Indian journal of veterinary science and animal husbandry - Volume 11,
Year: 1941
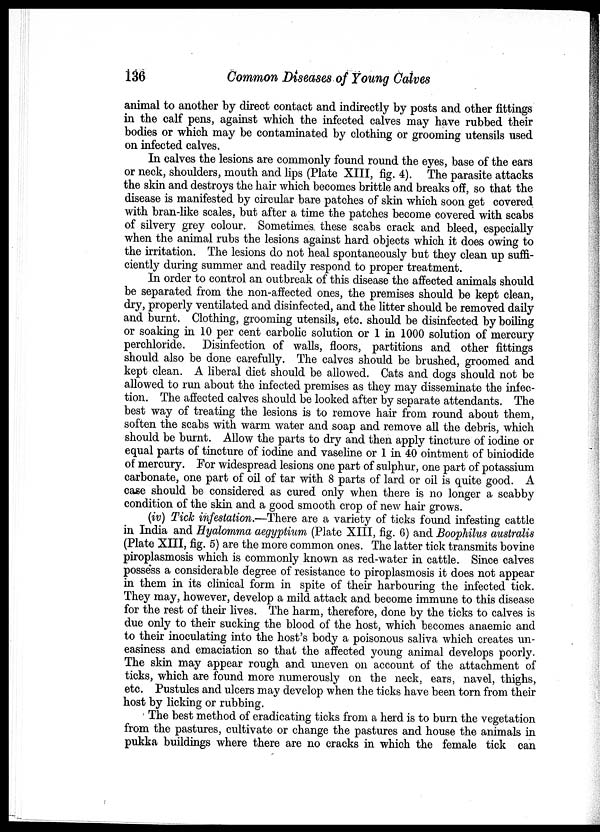
136
Common Diseases of Young Calves
animal to another by direct contact and indirectly by posts and other fittings
in the calf pens, against which the infected calves may have rubbed their
bodies or which may be contaminated by clothing or grooming utensils used
on infected calves.
In calves the lesions are commonly found round the eyes, base of the ears
or neck, shoulders, mouth and lips (Plate XIII, fig. 4). The parasite attacks
the skin and destroys the hair which becomes brittle and breaks off, so that the
disease is manifested by circular bare patches of skin which soon get covered
with bran-like scales, but after a time the patches become covered with scabs
of silvery grey colour. Sometimes these scabs crack and bleed, especially
when the animal rubs the lesions against hard objects which it does owing to
the irritation. The lesions do not heal spontaneously but they clean up suffi-
ciently during summer and readily respond to proper treatment.
In order to control an outbreak of this disease the affected animals should
be separated from the non-affected ones, the premises should be kept clean,
dry, properly ventilated and disinfected, and the litter should be removed daily
and burnt. Clothing, grooming utensils, etc. should be disinfected by boiling
or soaking in 10 per cent carbolic solution or 1 in 1000 solution of mercury
perchloride. Disinfection of walls, floors, partitions and other fittings
should also be done carefully. The calves should be brushed, groomed and
kept clean. A liberal diet should be allowed. Cats and dogs should not be
allowed to run about the infected premises as they may disseminate the infec-
tion. The affected calves should be looked after by separate attendants. The
best way of treating the lesions is to remove hair from round about them,
soften the scabs with warm water and soap and remove all the debris, which
should be burnt. Allow the parts to dry and then apply tincture of iodine or
equal parts of tincture of iodine and vaseline or 1 in 40 ointment of biniodide
of mercury. For widespread lesions one part of sulphur, one part of potassium
carbonate, one part of oil of tar with 8 parts of lard or oil is quite good. A
case should be considered as cured only when there is no longer a scabby
condition of the skin and a good smooth crop of new hair grows.
(iv) Tick infestation.—There are a variety of ticks found infesting cattle
in India and Hyalomma aegyptium (Plate XIII, fig. 6) and Boophilus australis
(Plate XIII, fig. 5) are the more common ones. The latter tick transmits bovine
piroplasmosis which is commonly known as red-water in cattle. Since calves
possess a considerable degree of resistance to piroplasmosis it does not appear
in them in its clinical form in spite of their harbouring the infected tick.
They may, however, develop a mild attack and become immune to this disease
for the rest of their lives. The harm, therefore, done by the ticks to calves is
due only to their sucking the blood of the host, which becomes anaemic and
to their inoculating into the host's body a poisonous saliva which creates un-
easiness and emaciation so that the affected young animal develops poorly.
The skin may appear rough and uneven on account of the attachment of
ticks, which are found more numerously on the neck, ears, navel, thighs,
etc. Pustules and ulcers may develop when the ticks have been torn from their
host by licking or rubbing.
The best method of eradicating ticks from a herd is to burn the vegetation
from the pastures, cultivate or change the pastures and house the animals in
pukka buildings where there are no cracks in which the female tick can